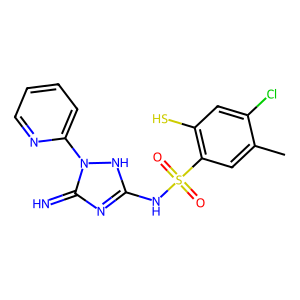
SMILES: Cc1cc(S(=O)(=O)Nc2nc(=N)n(-c3ccccn3)[nH]2)c(S)cc1Cl
Inhibits HIV replication: Yes